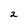
Character: 2